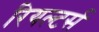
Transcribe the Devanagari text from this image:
रियल्टर्स